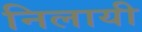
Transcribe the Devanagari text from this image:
निलायी